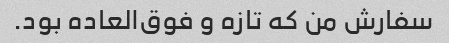
سفارش من که تازه و فوق‌العاده بود.